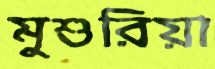
মুশুরিয়া